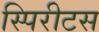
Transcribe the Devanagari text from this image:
स्पिरीटस